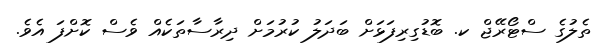
ތެލުގެ ސްޓޯރޭޖް ކ. ބޮޑުގިރިފަޅަށް ބަދަލު ކުރުމަށް ދިރާސާތަކެއް ވެސް ކޮށްފަ އެވެ.